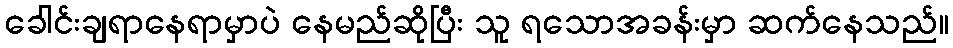
ခေါင်းချရာနေရာမှာပဲ နေမည်ဆိုပြီး သူ ရသောအခန်းမှာ ဆက်နေသည်။